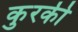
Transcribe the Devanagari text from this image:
कुरकी